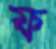
ফ